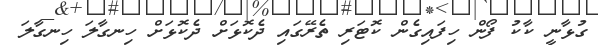
ގުޅާނީ ކާކު ފޯން ހިފައިގެން ކޮޓަރި ތެރޭގައި ދެކޮޅަށް ދެކޮޅަށް ހިނގާލަ ހިނގާލަ